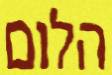
הלום